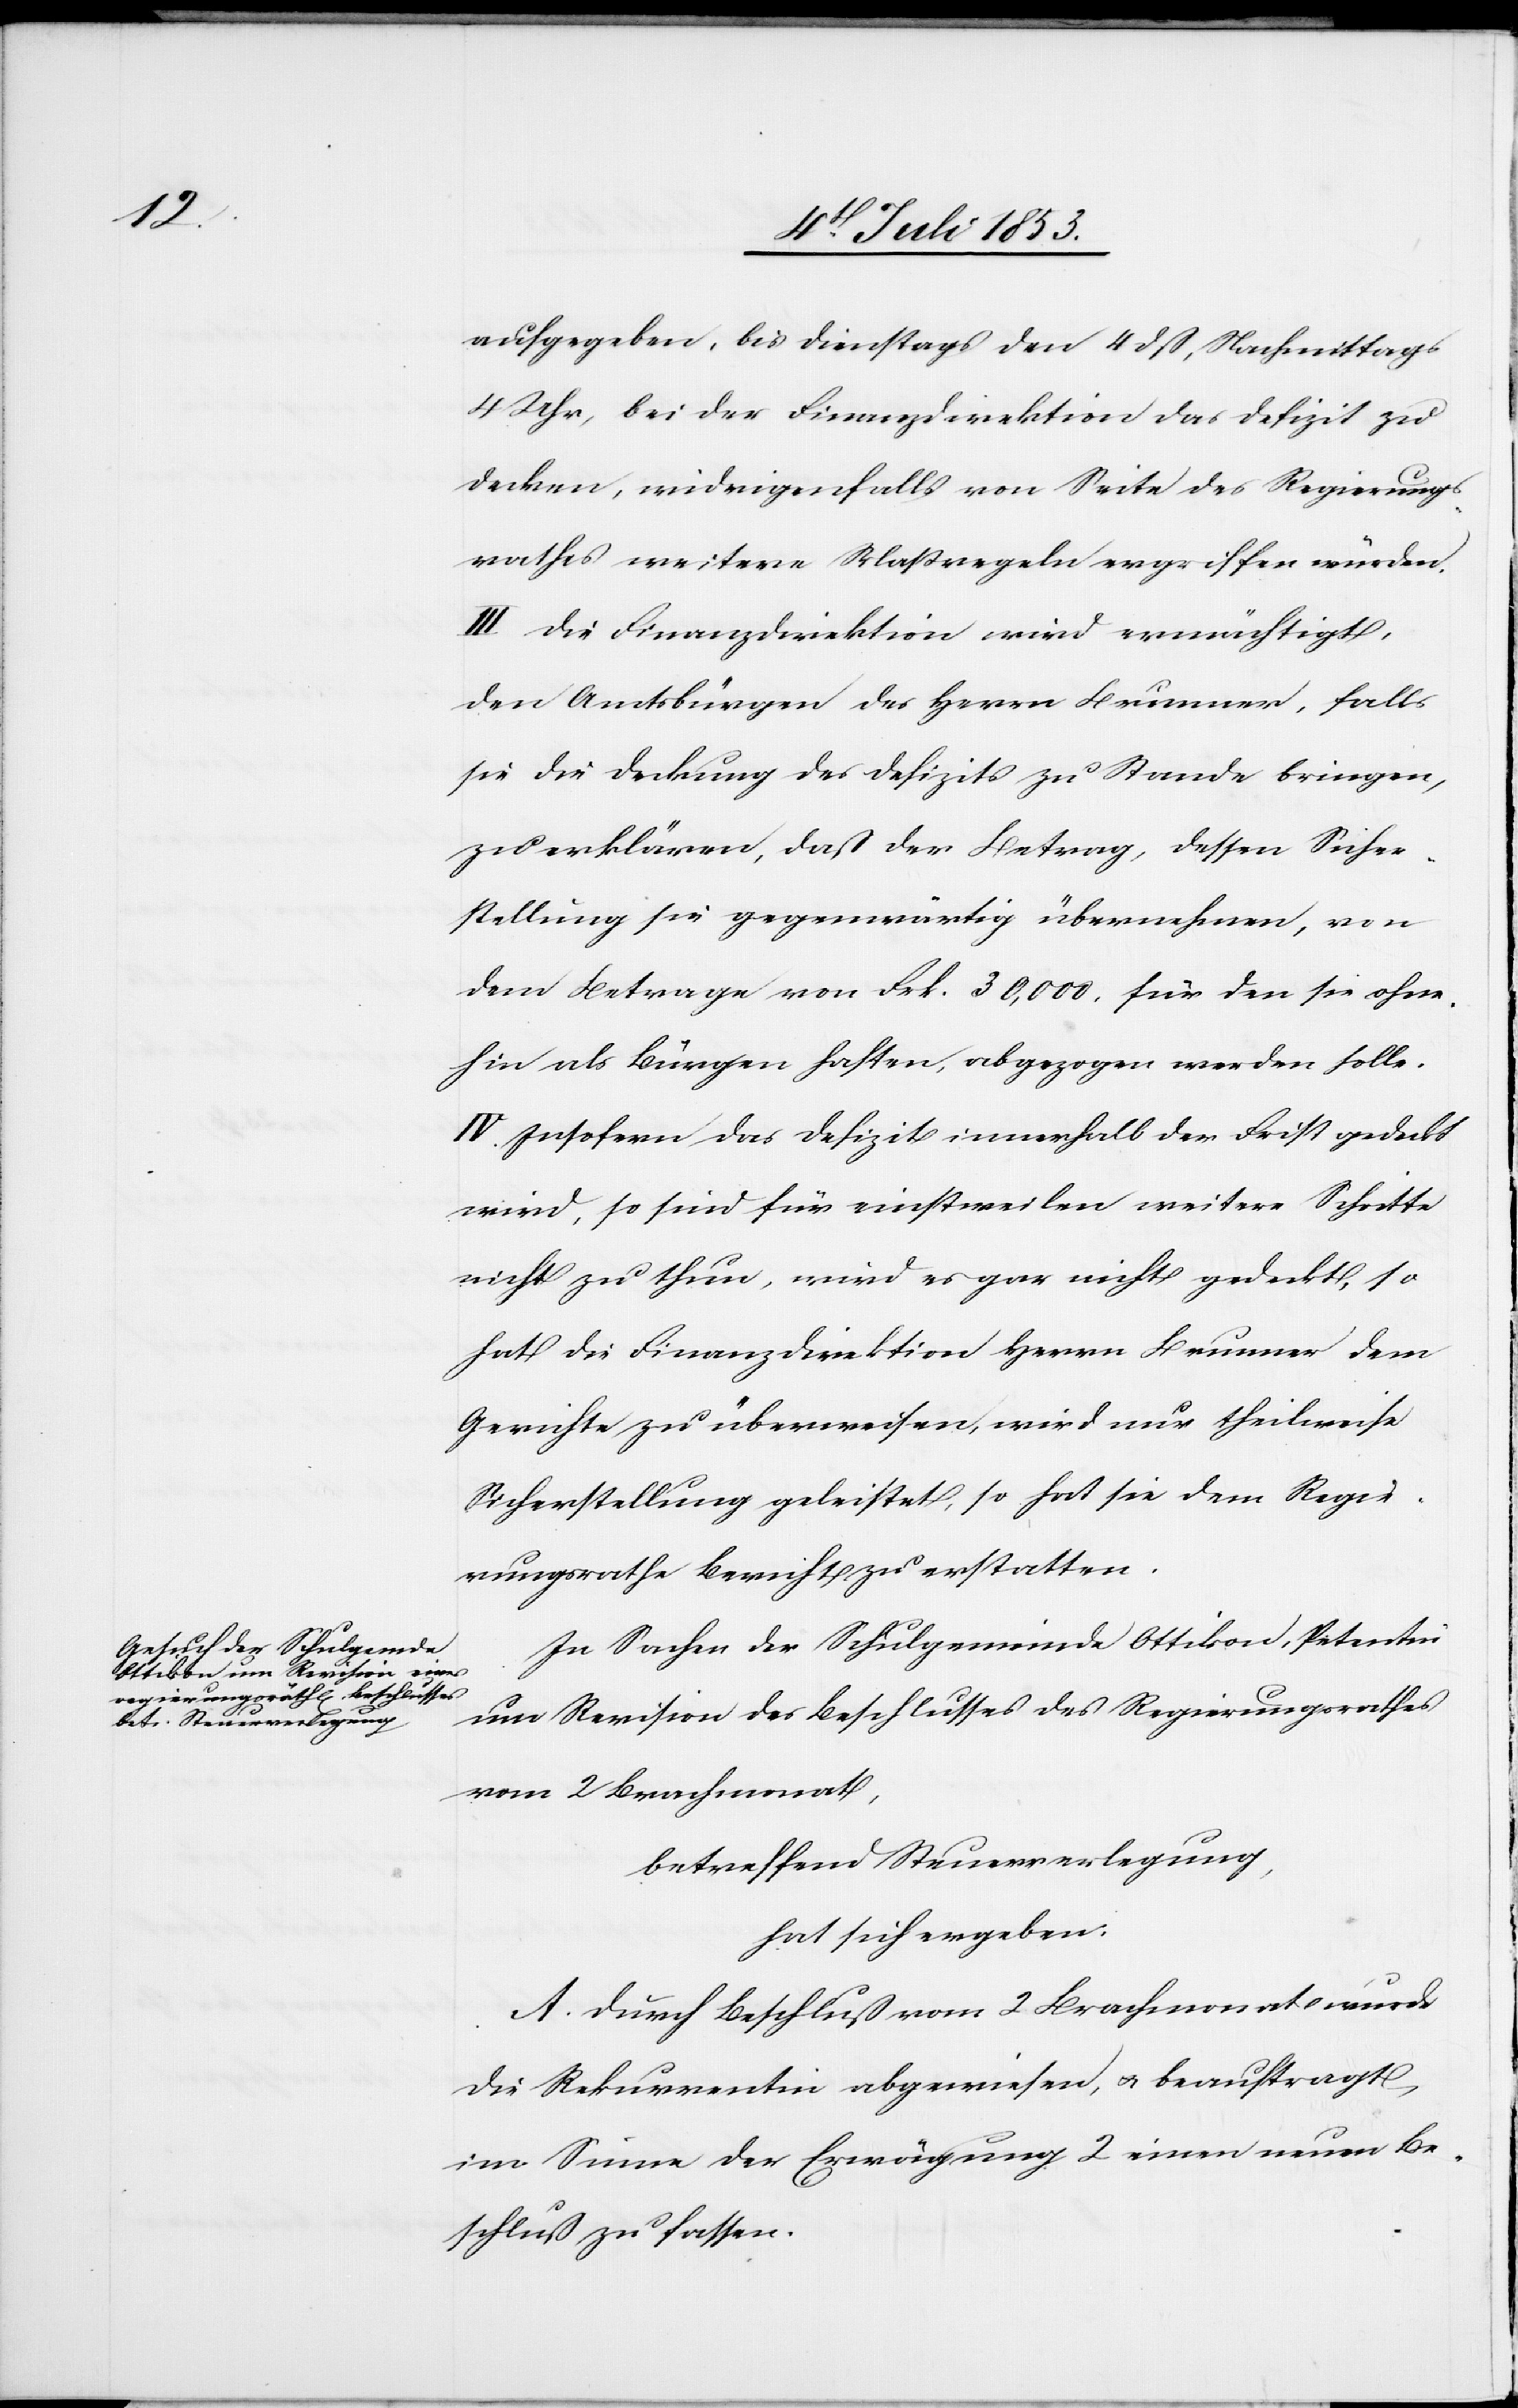
aufgegeben, bis Dienstags den 4 dß, Nachmittags
4 Uhr, bei der Finanzdirektion das Defizit zu
decken, widrigenfalls von Seite des Regierungs¬
rathes weitere Maßregeln ergriffen würden.
III. Die Finanzdirektion wird ermächtigt,
den Amtsbürgen des Herrn Brunner, falls
sie die Deckung des Defizitis zu Stande bringen,
zu erklären, daß der Betrag, dessen Sicher¬
stellung sie gegenwärtig übernehmen, von
dem Betrage von Frk. 30,000 für den sie ohne¬
hin als Bürgen haften, abgezogen werden solle.
IV. Insofern das Defizit innerhalb der Frist gedeckt
wird, so sind für einstweilen weitere Schritte
nicht zu thun, wird es gar nicht gedeckt, so
hat die Finanzdirektion Herrn Brunner dem
Gerichte zu überweisen, wird nur theilweise
Sicherstellung geleistet, so hat sie dem Regie¬
rungsrathe Bericht zu erstatten.
In Sachen der Schulgemeinde Ottikon, Petentin
um Revision des Beschlußes des Regierungsrathes
vom 2 Brachmonat,
betreffend Steuerverlegung,
hat sich ergeben:
A. Durch Beschluß vom 2 Brachmonat wurde
die Rekurrentin abgewiesen, u. beauftragt,
im Sinne der Erwägung 2 einen neuen Be¬
schluß zu fassen.